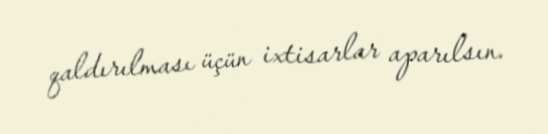
qaldırılması üçün ixtisarlar aparılsın.